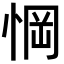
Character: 𢜟